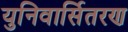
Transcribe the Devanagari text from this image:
युनिवार्सितरण